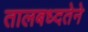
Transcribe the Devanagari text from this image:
तालबध्दतेने